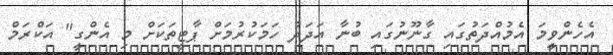
އެހެންވީމަ އެމުއްދަތުގައި ގާނޫނުގައި ބުނާ އަދަދު ހަމަކުރުމަށް ޕާޓީތަކަށް މި އެންގީ" އަކްރަމް